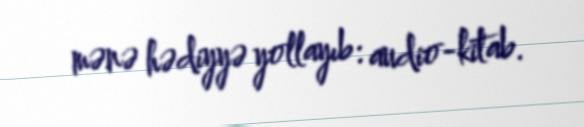
mənə hədiyyə yollayıb: audio-kitab.